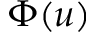
\Phi ( u )